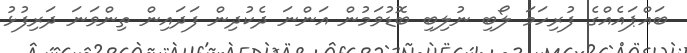
ބައްޕައެއްގެ ފުރިހަމަ ލޯބި ނުލިބި ބޮޑުވަމުން އަންނަ ދެކުދިން ފަދައިން ތިންވަނަ ދަރިފުޅު